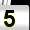
Digit: 5